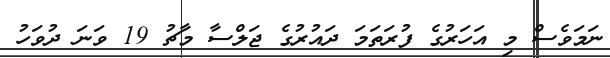
ނަމަވެސް މި އަހަރުގެ ފުރަތަމަ ދައުރުގެ ޖަލްސާ މާޗު 19 ވަނަ ދުވަހު